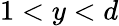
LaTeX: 1<y<d